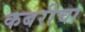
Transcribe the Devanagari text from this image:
कबरीचा